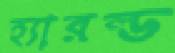
হ্যারল্ড